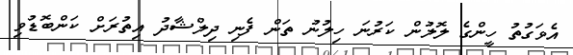
އެވަގުތު ހީންގެ ލޮލުން ކަރުނަ ހިލުނު ތަން ފެނި ދިލްޝާދު އިތުރަށް ކަންބޮޑުވި